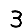
Digit: 3